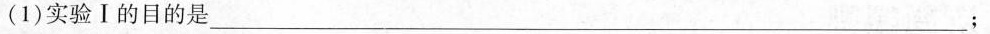
(1)实验Ⅰ的目的是 ___；